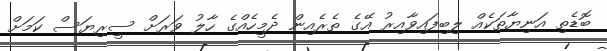
ބޮޑެތި އަނިޔާތަކެއް ލިބިފައިވާއިރު އޭގެ ތެރެއިން ދެމީހެއްގެ ހާލު ވަރަށް ސީރިޔަސް ކަމަށް